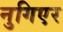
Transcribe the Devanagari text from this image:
नुगिएर